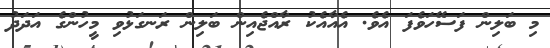
މި ބަލިން ފަސޭހަވެފަ އެވެ. އެއާއެކު ރާއްޖެއިން ބަލިން ރަނގަޅުވި މީހުންގެ އަދަދު